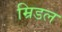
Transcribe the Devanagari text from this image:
म्रिडल